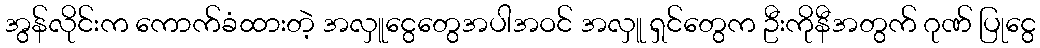
အွန်လိုင်းက ကောက်ခံထားတဲ့ အလှူငွေတွေအပါအဝင် အလှူ ရှင်တွေက ဦးကိုနီအတွက် ဂုဏ် ပြုငွေ